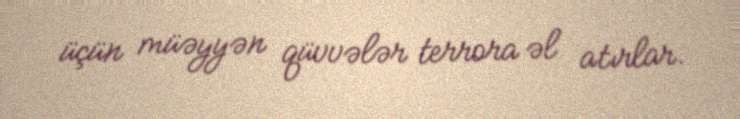
üçün müəyyən qüvvələr terrora əl atırlar.